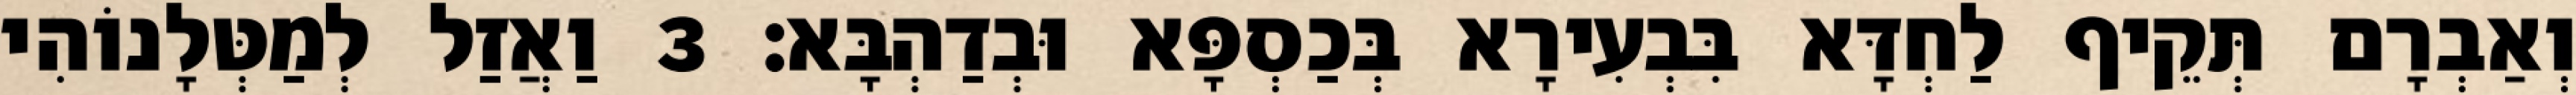
וְאַבְרָם תְּקֵיף לַחְדָּא בִּבְעִירָא בְּכַסְפָּא וּבְדַהְבָּא׃ 3 וַאֲזַל לְמַטְּלָנוֹהִי